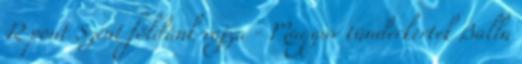
12 pont Szent földünk rajza - Magyar tündérkertek Balla